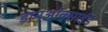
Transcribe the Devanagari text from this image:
डायअाॅक्साईड